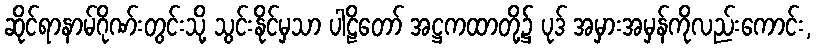
ဆိုင်ရာနာမ်ဂိုဏ်းတွင်းသို့ သွင်းနိုင်မှသာ ပါဠိတော် အဋ္ဌကထာတို့၌ ပုဒ် အမှားအမှန်ကိုလည်းကောင်း,